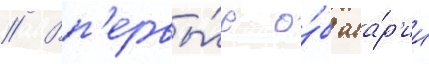
// Вп'ервы́е о́б ава́р'ии